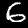
Digit: 6